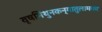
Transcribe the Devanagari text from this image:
वृषमिथुनकन्यातुलामकर